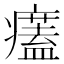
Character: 𤻜